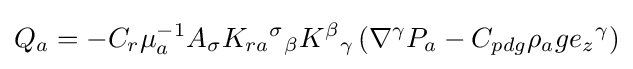
Q{_{a}}=-C_{r}\mu _{a}^{-1}A{_{\sigma }}K_{ra}{^{\sigma }}_{\beta }K{^{\beta }}_{\gamma }\left(\nabla ^{\gamma }P_{a}-C_{pdg}\rho _{a}g{e_{z}}{^{\gamma }}\right)